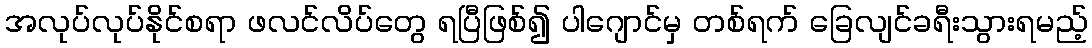
အလုပ်လုပ်နိုင်စရာ ဖလင်လိပ်တွေ ရပြီဖြစ်၍ ပါဂျောင်မှ တစ်ရက် ခြေလျင်ခရီးသွားရမည့်